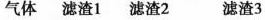
气体 滤渣1 滤渣2 滤渣3